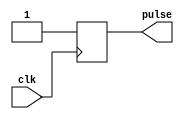
module RisingEdgePulseGenerator(
    input wire clk,
    output reg pulse
);

reg pulse_sync;

always @(posedge clk) begin
    pulse_sync <= 1'b1;
end

always @(*) begin
    pulse = pulse_sync;
end

endmodule